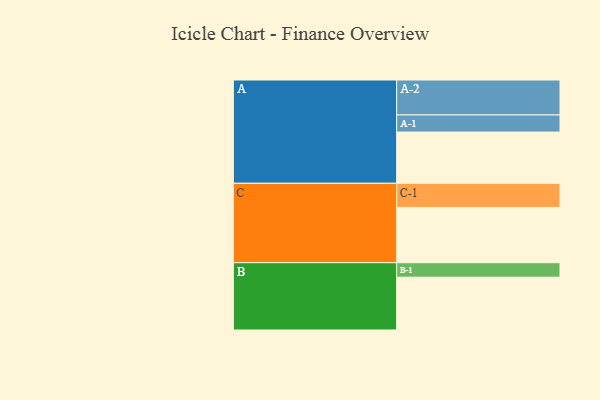
{"axis": {"x": "Segment", "y": "Value"}, "legend": ["", "A", "B", "C"], "data": [{"x": "A", "y": 350, "type": ""}, {"x": "B", "y": 361, "type": ""}, {"x": "C", "y": 378, "type": ""}, {"x": "A-1", "y": 117, "type": "A"}, {"x": "A-2", "y": 239, "type": "A"}, {"x": "B-1", "y": 99, "type": "B"}, {"x": "C-1", "y": 165, "type": "C"}]}